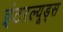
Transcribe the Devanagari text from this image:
इंटरल्यूड्स